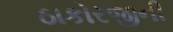
ઠાકોરજીની